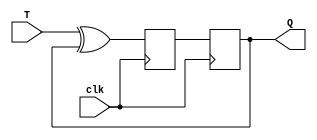
module T_flip_flop(
    input wire T, // input toggle signal
    input wire clk, // clock signal
    output reg Q // output signal
);

reg D;
always @(posedge clk) begin
    D <= T ^ Q; // XOR operation between T and Q
end

always @(negedge clk) begin
    Q <= D;
end

endmodule